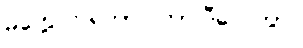
မတွေ့ကြရတာ ကြာပြီလေကွာ။